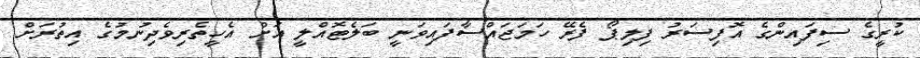
ކުރީގެ ސިފައިންގެ އޮފިސަރު ފިލިޕޯ ފެރޭ ހަމަޖައްސާފައިވަނީ ބަލެޓޮއްލީ އަށް އެހީތެރިވެދިނުމުގެ އިތުރަށް